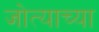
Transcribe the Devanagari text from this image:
जोत्याच्या